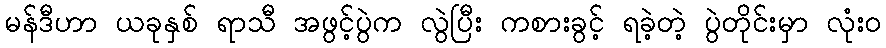
မန်ဒီဟာ ယခုနှစ် ရာသီ အဖွင့်ပွဲက လွဲပြီး ကစားခွင့် ရခဲ့တဲ့ ပွဲတိုင်းမှာ လုံးဝ